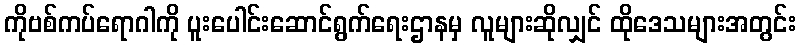
ကိုဗစ်ကပ်ရောဂါကို ပူးပေါင်းဆောင်ရွက်ရေးဌာနမှ လူများဆိုလျှင် ထိုဒေသများအတွင်း